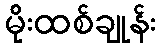
မိုးထစ်ချုန်း